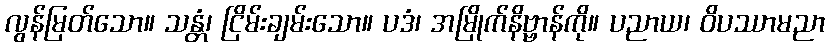
လွန်မြတ်သော။ သန္တံ၊ ငြိမ်းချမ်းသော။ ပဒံ၊ အမြိုက်နိဗ္ဗာန်ကို။ ပညာယ၊ ဝိပဿာမညာ